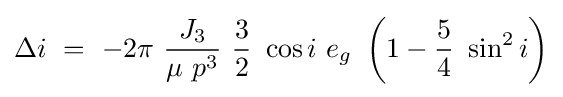
\Delta i\ =\ -2\pi \ {\frac {J_{3}}{\mu \ p^{3}}}\ {\frac {3}{2}}\ \cos i\ e_{g}\ \left(1-{\frac {5}{4}}\ \sin ^{2}i\right)